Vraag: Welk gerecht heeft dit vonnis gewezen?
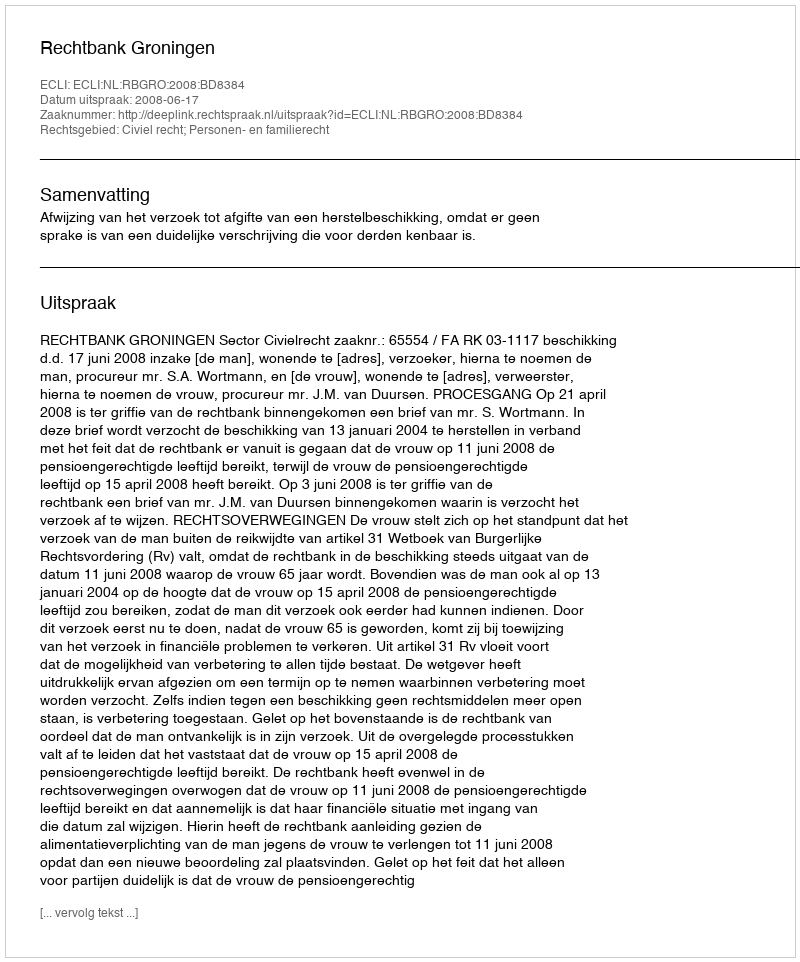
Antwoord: Rechtbank Groningen